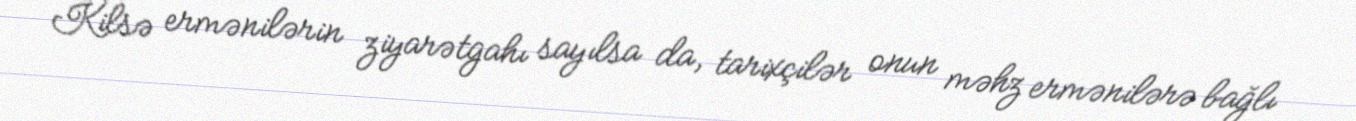
Kilsə ermənilərin ziyarətgahı sayılsa da, tarixçilər onun məhz ermənilərə bağlı